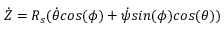
\dot { Z } = R _ { s } ( \dot { \theta } c o s ( \phi ) + \dot { \psi } s i n ( \phi ) c o s ( \theta ) )